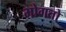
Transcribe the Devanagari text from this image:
भोगतो